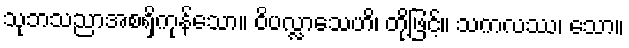
သုဘသညာအစရှိကုန်သော။ ဝိပလ္လာသေဟိ၊ တို့ဖြင့်။ သကလဿ၊ သော။